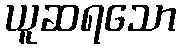
ယူဆရသော